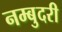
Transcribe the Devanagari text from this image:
नम्बुदरी